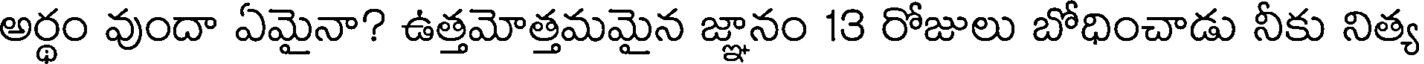
అర్థం వుందా ఏమైనా? ఉత్తమోత్తమమైన జ్ఞానం 13 రోజులు బోధించాడు నీకు నిత్య